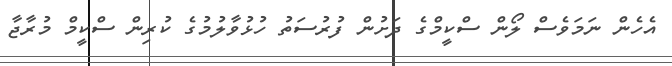
އެހެން ނަމަވެސް ލޯން ސްކީމްގެ ދަށުން ފުރުސަތު ހުޅުވާލުމުގެ ކުރިން ސްކީމް މުރާޖާ